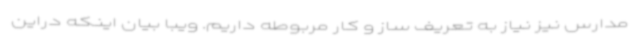
مدارس نیز نیاز به تعریف ساز و کار مربوطه داریم. ویبا بیان اینکه دراین